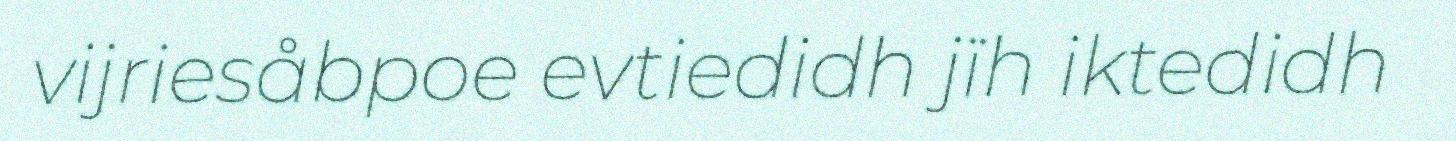
vijriesåbpoe evtiedidh jïh iktedidh